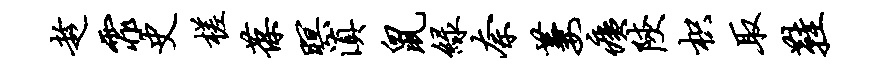
趁霏史槎葆暝滇鼠绿奈萋痍陕枳取鞋